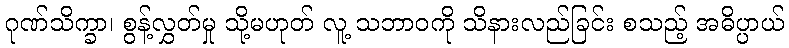
ဂုဏ်သိက္ခာ၊ စွန့်လွှတ်မှု သို့မဟုတ် လူ့ သဘာဝကို သိနားလည်ခြင်း စသည့် အဓိပ္ပာယ်